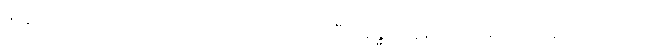
မယူအပ်သည်ကို လည်းကောင်း။ ကတံ၊ ပြုအပ်ပြီ။ အန္ဓကာရော၊ အမှောင်ကို။ အာလောကော၊